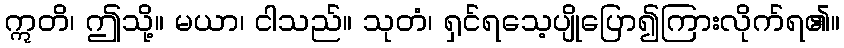
ဣတိ၊ ဤသို့။ မယာ၊ ငါသည်။ သုတံ၊ ရှင်ရသေ့ပျိုပြော၍ကြားလိုက်ရ၏။